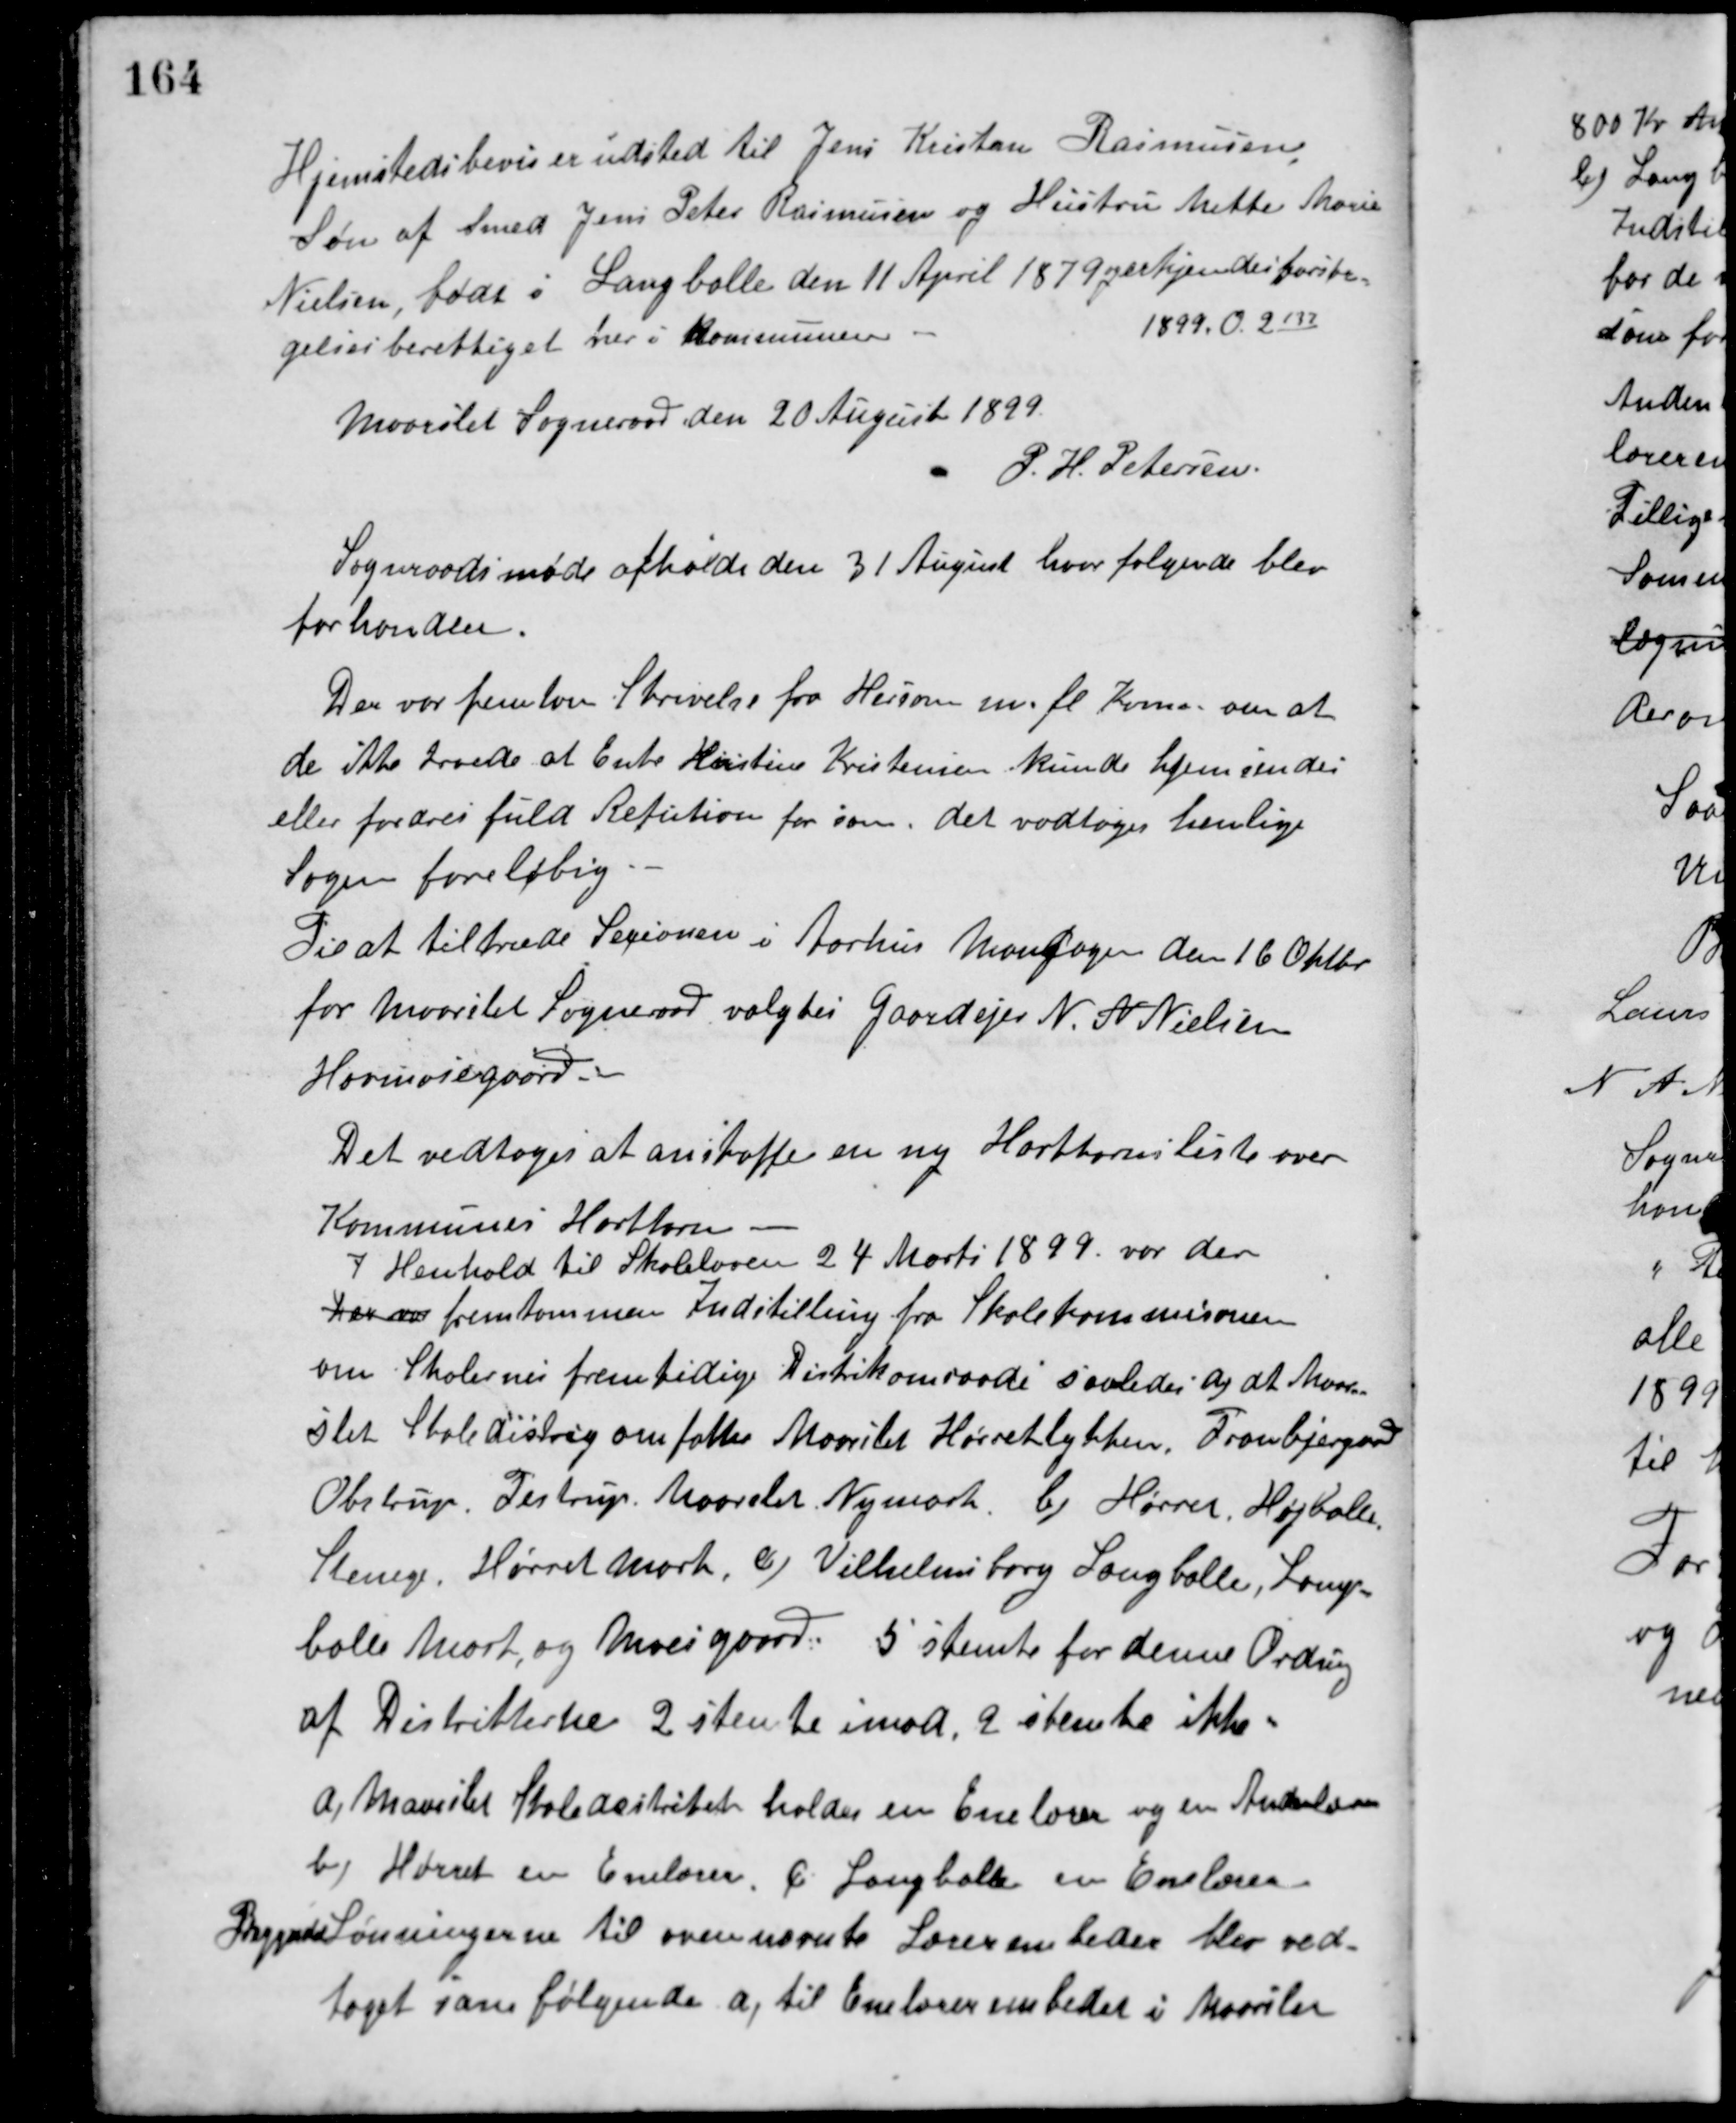
Transskription:
Hjemstedsbevis er udsted til Jens Kristan Rasmussen
Søn af Smed Jens Peter Rasmussen og Hustru Mette Marie
Nielsen, født i Langballe den 11 April 1879 og erkjendes forsør-
gelsesberettiget her i Kommunen.
1899. O. 2137
Maarslet Sogneraad den 20 August 1899.
P. H. Petersen
Sogneraadsmøde afholdt den 31 August hvor følgende blev
forhandlet.
Der var fremlagt Skrivelse fra Hersom m. fl. Komm. om at
de ikke troede at Enke Kirstine Kristensen kunde hjemsendes
eller fordres fuld Refution for som det vedtoges henlige
Sagen foreløbig.
Til at tiltræde Sessionen i Aarhus Mandagen den 16 Oktbr.
for Maarslet Sogneraad valgtes Gaardejer N. A. Nielsen
Havmosegaard.
Det vedtoges at anskaffe en ny Hartkornsliste over
Kommunes Hartkorn.
I Henhold til Skoleloven 24 Marts 1899 var der
der var fremkommen Indstilling fra Skolekommisionen
om Skolernes fremtidige Distriktomraade saaledes a) at Maar-
slet Skoledistrig omfatter Maarslet, Hørretlykken, Tranbjergaard,
Obstrup, Testrup, Maarslet Nymark b) Hørret, Højballe,
Stenege, Hørret Mark, c) Vilhelmsborg Langballe, Lang-
balle Mark og Moesgaard. 5 stemte for denne Ordning
af Distrikterne 2 stemte imod, 2 stemte ikke.
a. Maarslet Skoledistriktet holder en Enelærer og en Andenlærer.
b) Hørret en Enelærer C. Langballe en Enelærer.
Begynde Lønningerne til ovennævnte Lærerembeder blev ved-
taget som følgende a, til Enelærerembedet i Maarslet